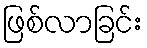
ဖြစ်လာခြင်း